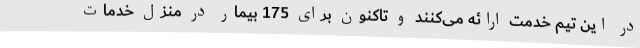
در این تیم خدمت ارائه می‌کنند و تاکنون برای 175 بیمار در منزل خدمات